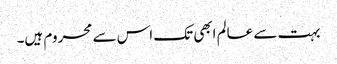
بہت سے عالم ابھی تک اس سے محروم ہیں۔